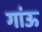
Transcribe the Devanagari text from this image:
गांऊ